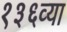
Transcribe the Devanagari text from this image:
१३६व्या